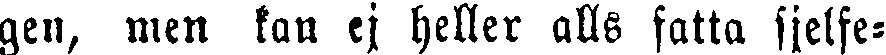
gen, men kan ej heller alls fatta sjelfe-